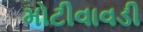
મોટીવાવડી